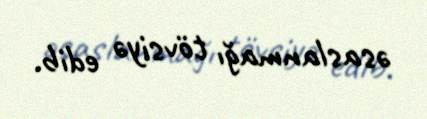
əsaslanmağı tövsiyə edib.